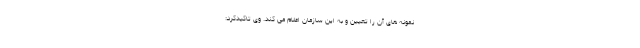
نمونه های آن را تعیین و به این سازمان اعلام می کند. وی تاکیدکرد: